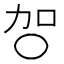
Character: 㔔